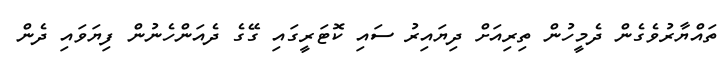
ތައްޔާރުވެގެން ދެމީހުން ތިރިއަށް ދިޔައިރު ސައި ކޮޓަރީގައި ގޭގެ ދެއަންހެނުން ފިޔަވައި ދެން